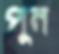
পুন